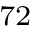
^ { 7 2 }